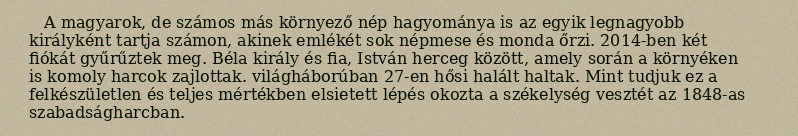
A magyarok, de számos más környező nép hagyománya is az egyik legnagyobb királyként tartja számon, akinek emlékét sok népmese és monda őrzi. 2014-ben két fiókát gyűrűztek meg. Béla király és fia, István herceg között, amely során a környéken is komoly harcok zajlottak. világháborúban 27-en hősi halált haltak. Mint tudjuk ez a felkészületlen és teljes mértékben elsietett lépés okozta a székelység vesztét az 1848-as szabadságharcban.